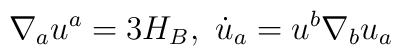
\nabla_a u^a=3H_B,\ \dot u_a=u^b\nabla_b u_a